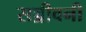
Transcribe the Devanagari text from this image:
सञ्जीवनी